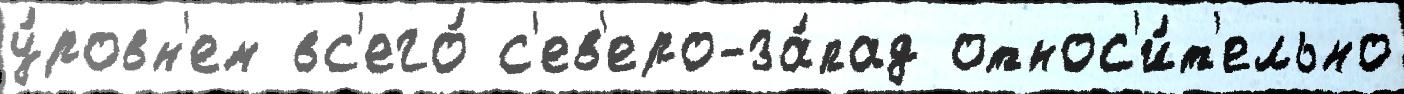
у́ровн'ем вс'его́ с'ев'еро-за́пад относ'и́т'ельно